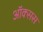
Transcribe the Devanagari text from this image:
ऑक्सस